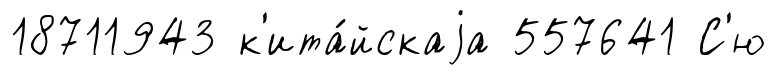
18711943 к'ита́йскаjа 557641 С'ю